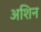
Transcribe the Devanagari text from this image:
अशिन